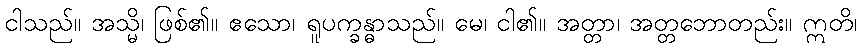
ငါသည်။ အသ္မိ၊ ဖြစ်၏။ ဧသော၊ ရူပက္ခန္ဓာသည်။ မေ၊ ငါ၏။ အတ္တာ၊ အတ္တဘောတည်း။ ဣတိ၊